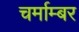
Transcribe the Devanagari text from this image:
चर्माम्बर